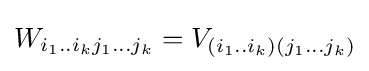
W_{i_{1}..i_{k}j_{1}...j_{k}}=V_{(i_{1}..i_{k})(j_{1}...j_{k})}